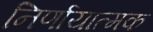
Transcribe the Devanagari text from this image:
निर्णायात्मक